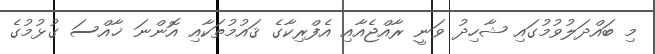
މި ބައްދަލުވުމުގައި ޝާހިދު ވަނީ ރާއްޖެއާއި އެފްރިކާގެ ޤައުމުތަކާއި އޮންނަ ޚާއްސަ ގުޅުމުގެ